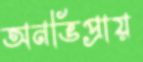
অনভিপ্রায়